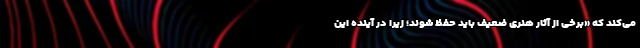
می‌کند که «برخی از آثار هنری ضعیف باید حفظ شوند؛ زیرا در آینده این